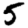
Digit: 5